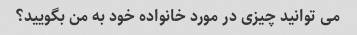
می توانید چیزی در مورد خانواده خود به من بگویید؟